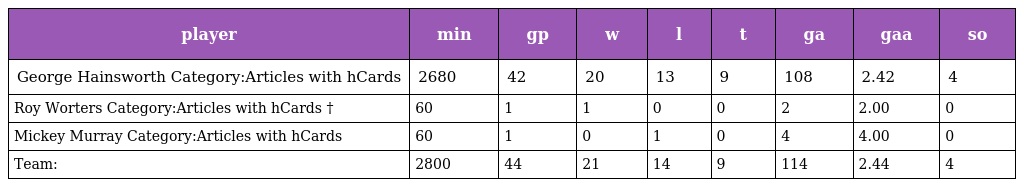
| player | min | gp | w | l | t | ga | gaa | so |
 | --- | --- | --- | --- | --- | --- | --- | --- | --- |
 | George Hainsworth Category:Articles with hCards | 2680 | 42 | 20 | 13 | 9 | 108 | 2.42 | 4 |
 | Roy Worters Category:Articles with hCards † | 60 | 1 | 1 | 0 | 0 | 2 | 2.00 | 0 |
 | Mickey Murray Category:Articles with hCards | 60 | 1 | 0 | 1 | 0 | 4 | 4.00 | 0 |
 | Team: | 2800 | 44 | 21 | 14 | 9 | 114 | 2.44 | 4 |